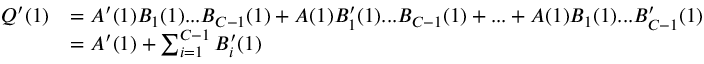
\begin{array} { r l } { Q ^ { \prime } ( 1 ) } & { = A ^ { \prime } ( 1 ) B _ { 1 } ( 1 ) . . . B _ { C - 1 } ( 1 ) + A ( 1 ) B _ { 1 } ^ { \prime } ( 1 ) . . . B _ { C - 1 } ( 1 ) + . . . + A ( 1 ) B _ { 1 } ( 1 ) . . . B _ { C - 1 } ^ { \prime } ( 1 ) } \\ & { = A ^ { \prime } ( 1 ) + \sum _ { i = 1 } ^ { C - 1 } B _ { i } ^ { \prime } ( 1 ) } \end{array}